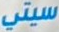
سيتي